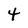
Character: 4